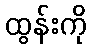
ထွန်းကို